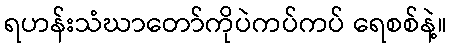
ရဟန်းသံဃာတော်ကိုပဲကပ်ကပ် ရေစစ်နဲ့။